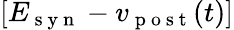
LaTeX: [E_{\mathrm{~s~y~n~}}-v_{\mathrm{~p~o~s~t~}}(t)]